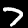
Label: 7